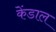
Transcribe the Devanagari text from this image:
केंडाल